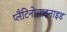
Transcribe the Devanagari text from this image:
प्लैटिनोसाइनाइड